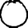
Digit: 0